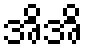
အိအိ